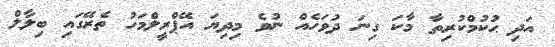
އަދި ޙުކުމްކުރިތާ މާކަ ގިނަ ދުވަހެއް ނުވެ މިދިޔަ އޭޕްރީލްމަހު ތެރޭގައި ބިލާލް